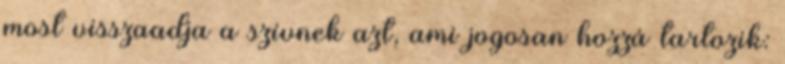
most visszaadja a szívnek azt, ami jogosan hozzá tartozik: